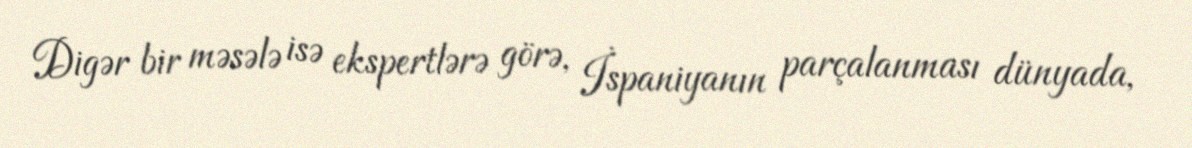
Digər bir məsələ isə ekspertlərə görə, İspaniyanın parçalanması dünyada,